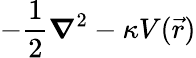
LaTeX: {-\frac{1}{2}\boldsymbol{\nabla}^{2}-\kappa V(\vec{r})}